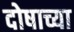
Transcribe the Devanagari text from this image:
दोषाच्या